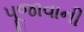
પૂજાવાની